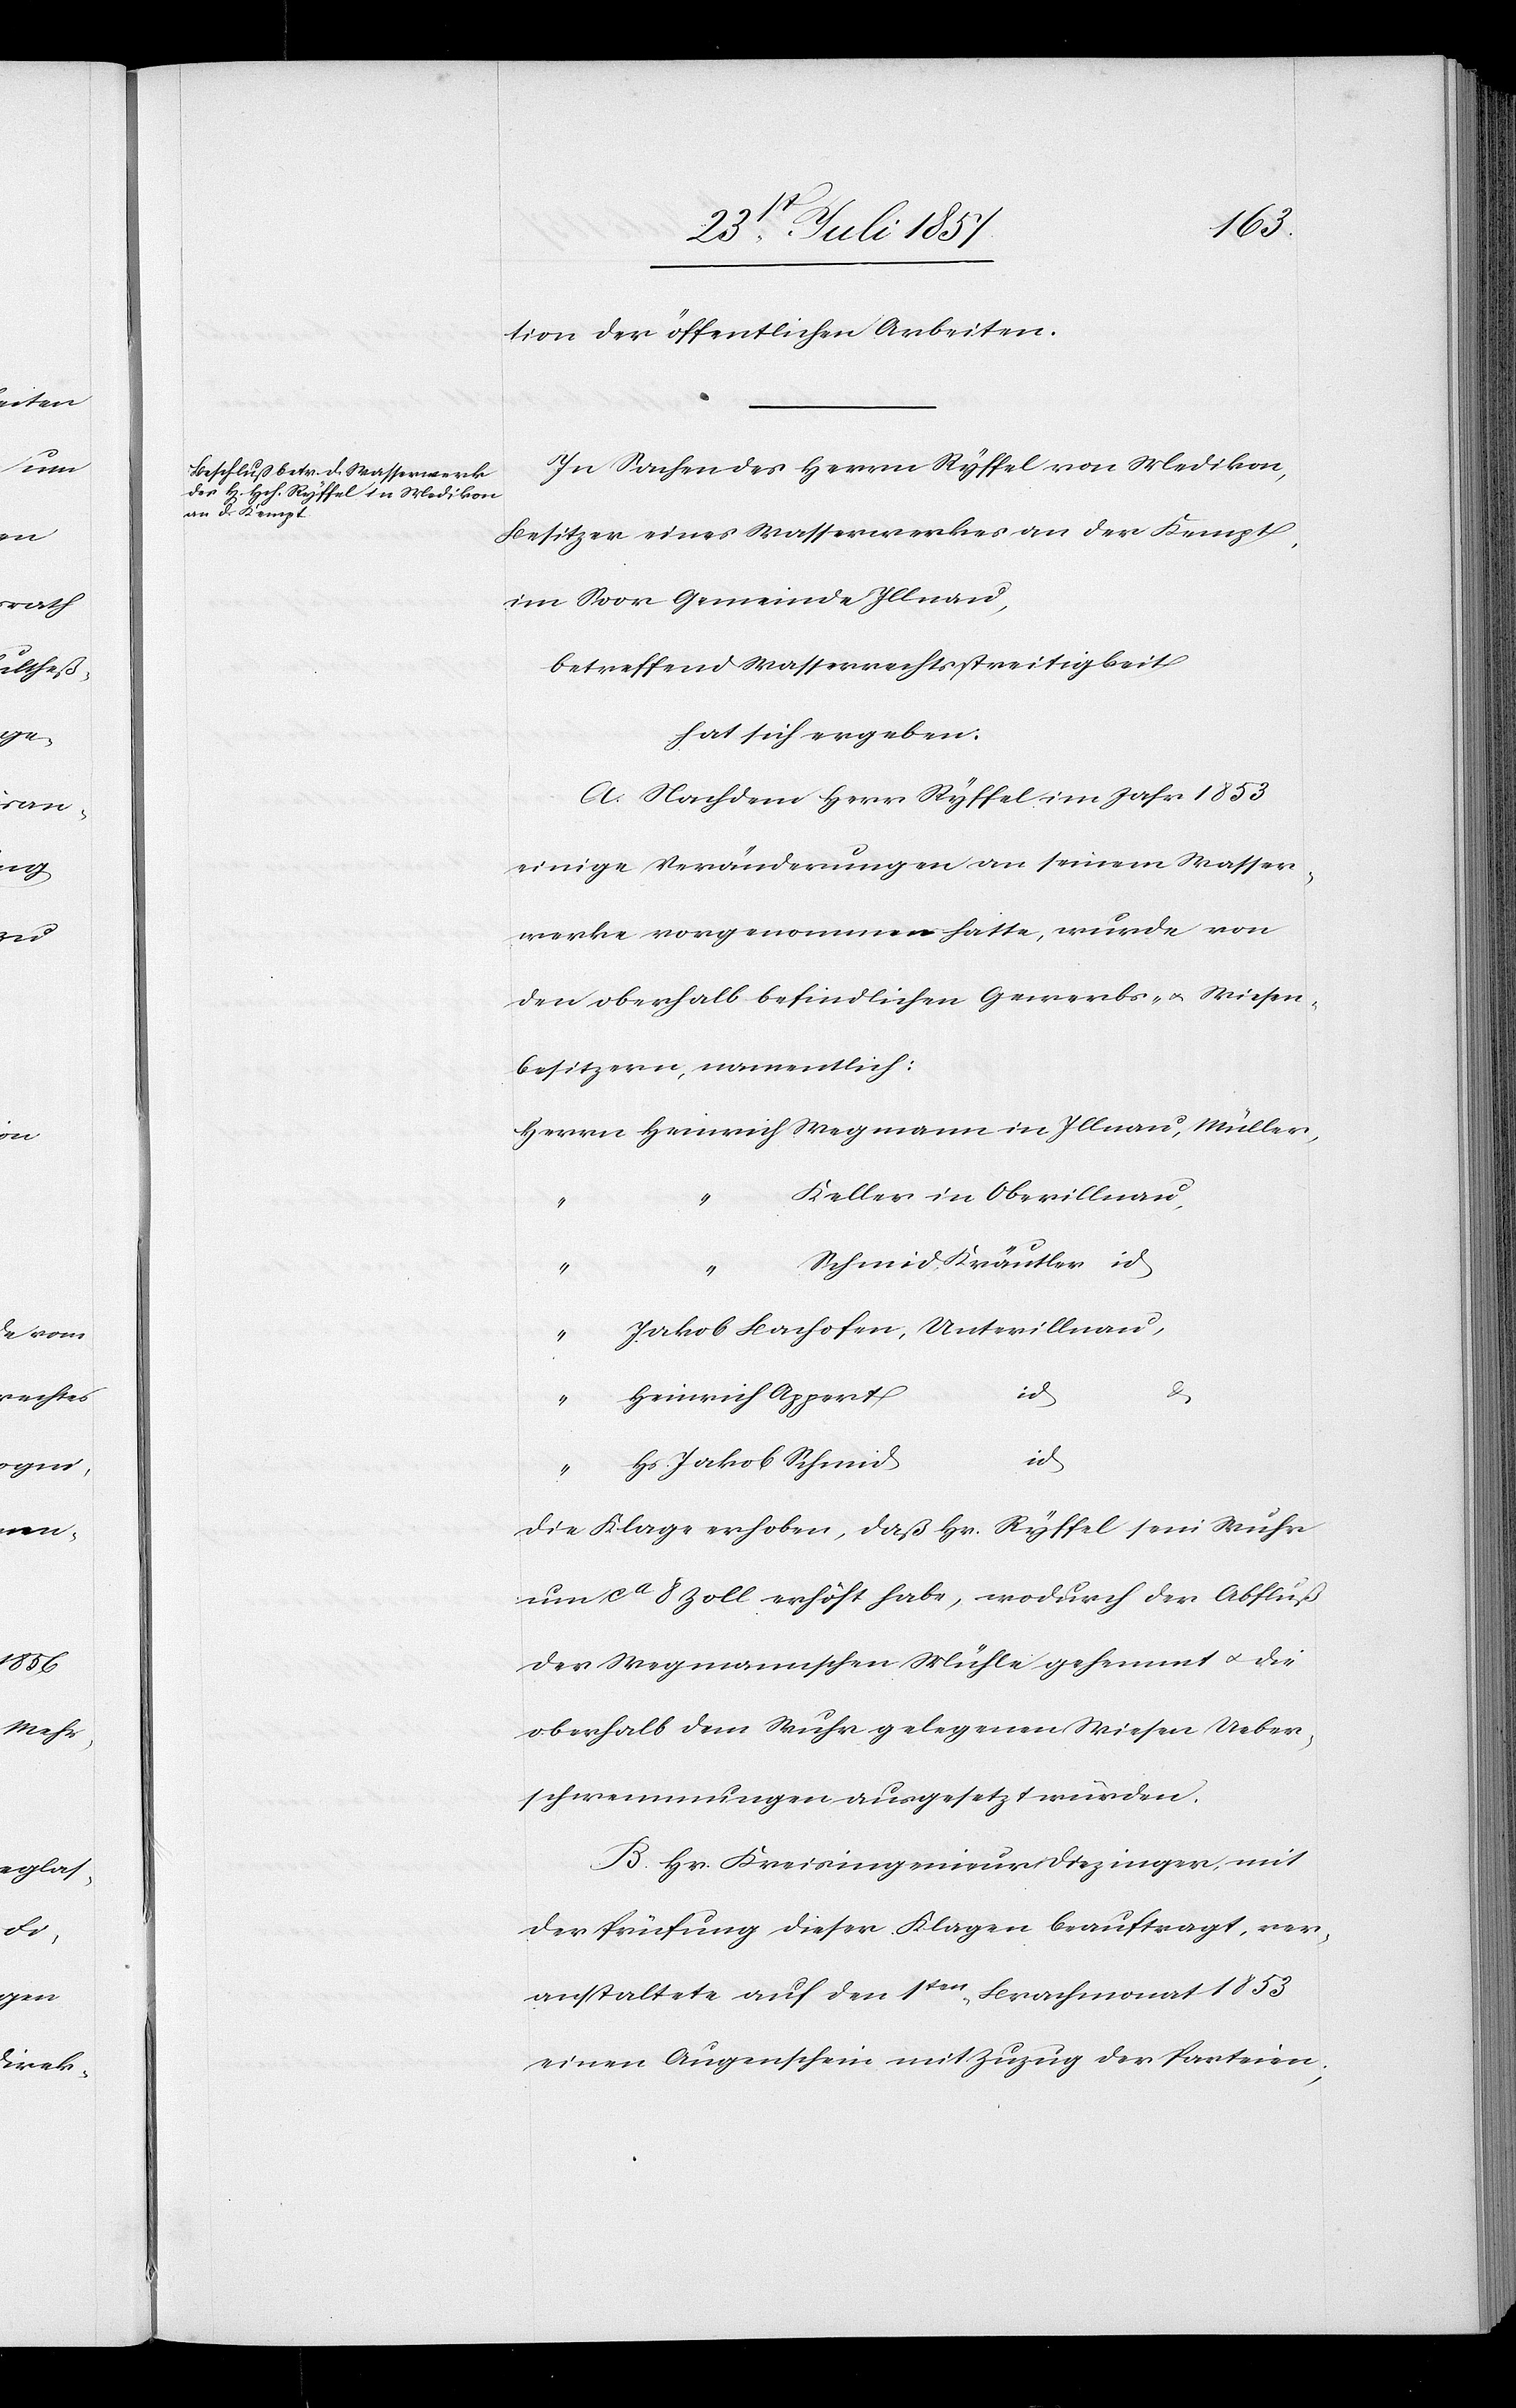
tion der öffentlichen Arbeiten.
In Sachen des Herrn Ryffel von Medikon,
Besitzer eines Wasserwerkes an der Kempt,
im Soor Gemeinde Illnau,
betreffend Wasserrechtsstreitigkeit
hat sich ergeben:
A. Nachdem Herr Ryffel im Jahr 1853
einige Veränderungen an seinem Wasser¬
werke vorgenommen hatte, wurde von
den oberhalb befindlichen Gewerbs- & Wiesen¬
besitzern, namentlich:
Herrn Heinrich Wegmann in Illnau, Müller,
Keller in Oberillnau,
Schmid, Kräutler id
“
Jakob Bachofen, Unterillnau,
id
Heinrich Appert
id
Hs. Jakob Schmid
die Klage erhoben, daß Hr. Ryffel sein Wuhr
um ca 8 Zoll erhöht habe, wodurch der Abfluß
der Wegmannschen Mühle gehemmt & die
oberhalb dem Wuhr gelegenen Wiesen Ueber¬
schwemmungen ausgesetzt würden.
B. Hr. Kreisingenieur Diezinger, mit
der Prüfung dieser Klagen beauftragt, ver¬
anstaltete auf den 1ten Brachmonat 1853
einen Augenschein mit Zuzug der Parteien,